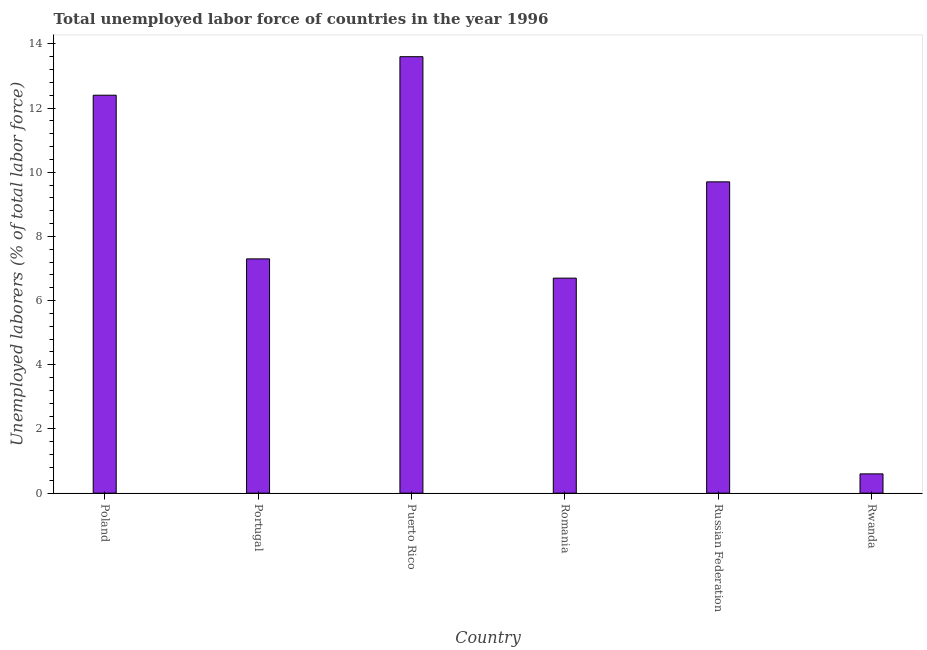
| Country | Unemployment total |
 | --- | --- |
 | Poland | 12.4 |
 | Portugal | 7.3 |
 | Puerto Rico | 13.6 |
 | Romania | 6.7 |
 | Russian Federation | 9.7 |
 | Rwanda | 0.6 |